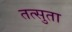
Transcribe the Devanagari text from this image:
तत्सुता